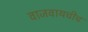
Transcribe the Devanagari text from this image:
वाजवायचीच